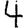
Digit: 4